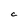
Character: C